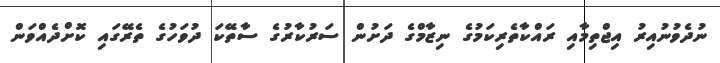
ނުދެވުނުއިރު އިޖްތިމާއި ރައްކާތެރިކަމުގެ ނިޒާމްގެ ދަށުން ސަރުކާރުގެ ސާތޭކަ ދުވަހުގެ ތެރޭގައި ކޮށްދެއްވަން